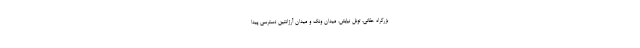
بزرگراه حقانی، تونل نیایش، میدان ونک و میدان آرژانتین دسترسی پیدا